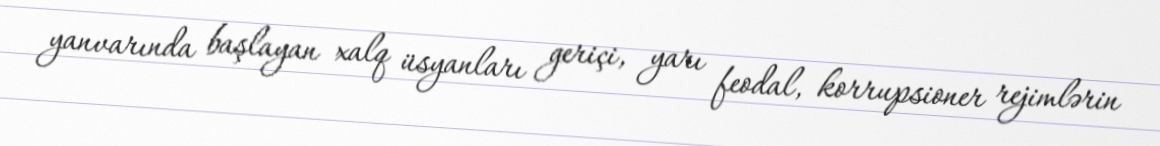
yanvarında başlayan xalq üsyanları geriçi, yarı feodal, korrupsioner rejimlərin